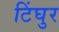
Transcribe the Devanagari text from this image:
टिंघुर